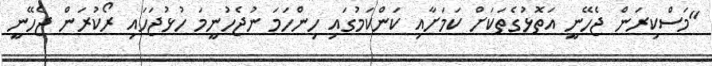
"މަސްކިރަން ޖެހޭނީ އަތޮޅުގެތަކަށް ކަމަށާއި ކަންކަމުގައި ހިންހަމަ ނުޖެހުނީމަ ހުޅުޖަހައި ރޯކުރަން ޖެހޭނީ